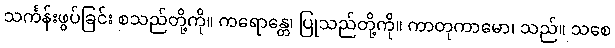
သင်္ကန်းဖွပ်ခြင်း စသည်တို့ကို။ ကရောန္တေ၊ ပြုသည်တို့ကို။ ကာတုကာမော၊ သည်။ သစေ